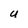
Character: U